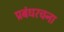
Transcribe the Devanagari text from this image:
प्रबंधरचना